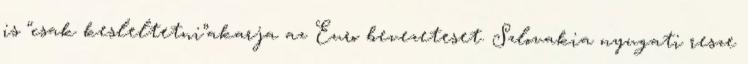
is “csak kesleltetni”akarja az Euro bevezeteset. Szlovakia nyugati resze